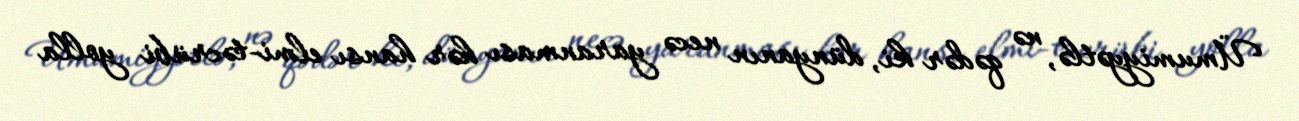
Ümumiyyətlə, nə qədər ki, dünyanın necə yaranması hər hansı elmi-təcrübi yolla